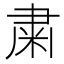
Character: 粛